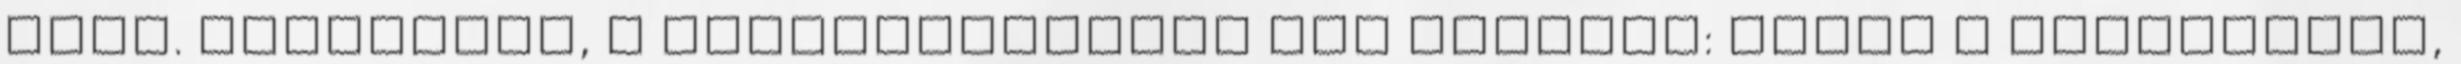
neki. Mellesleg, a népidemokrácia azt jelenti: békét a kunyhóknak,